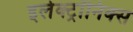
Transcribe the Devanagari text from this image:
इलेक्ट्रॉनिक्‍स